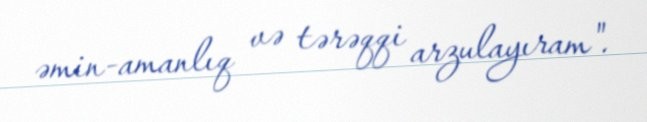
əmin-amanlıq və tərəqqi arzulayıram".